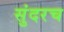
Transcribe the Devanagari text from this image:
सुंदरच